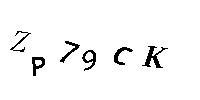
ZP79CK